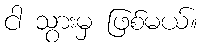
ငါ သွားမှ ဖြစ်မယ်။